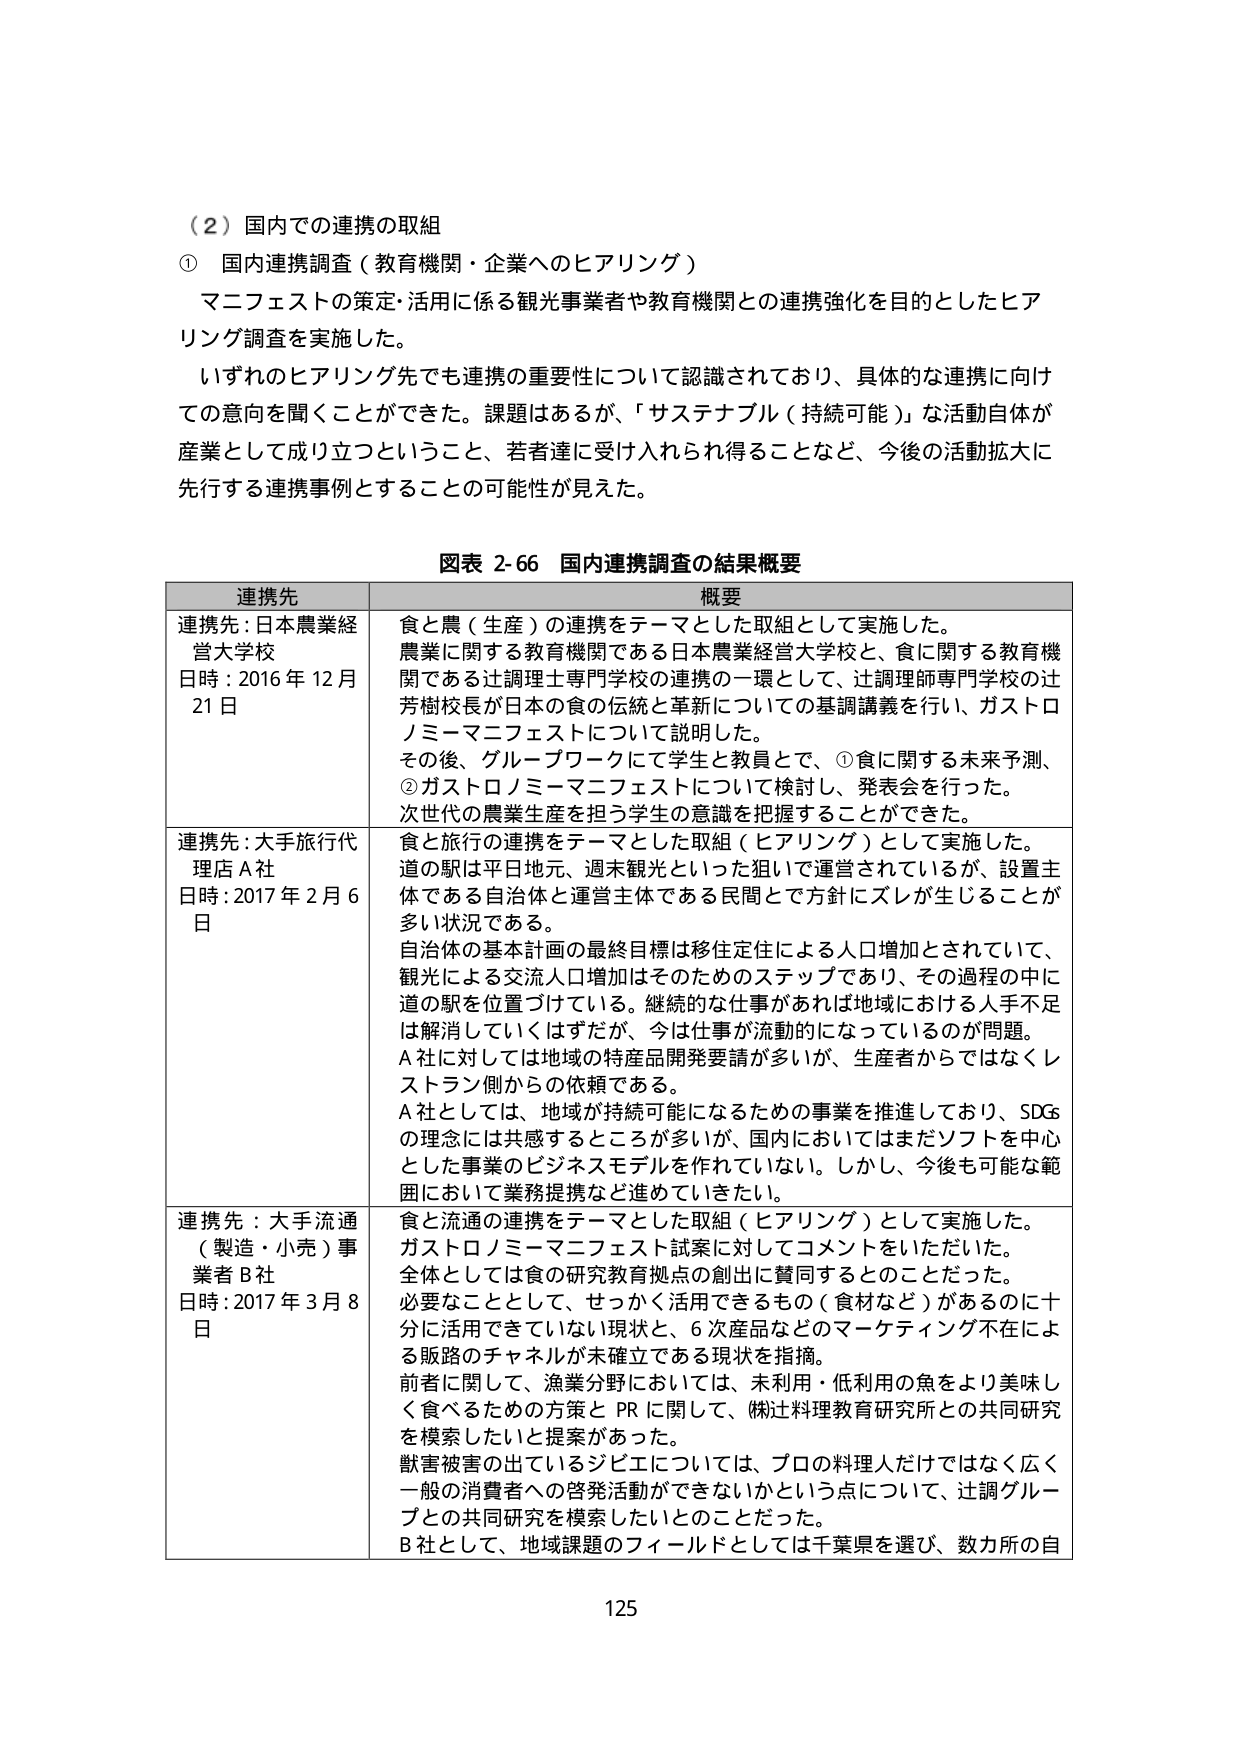
（２）国内での連携の取組

① 国内連携調査（教育機関・企業へのヒアリング）

マニフェストの策定・活用に係る観光事業者や教育機関との連携強化を目的としたヒアリング調査を実施した。

いずれのヒアリング先でも連携の重要性について認識されており、具体的な連携に向けての意向を聞くことができた。課題はあるが、「サステナブル（持続可能）」な活動自体が産業として成り立つということ、若者達に受け入れられ得ることなど、今後の活動拡大に先行する連携事例とすることの可能性が見えた。

図表 2-66 国内連携調査の結果概要

連携先　　　　　　　　　　　　　　　　　　　　　　　　　　　　　　　　　　　概要

連携先：日本農業経営大学校　　　　　　　　　　　　　　　　　　　　　　　　食と農（生産）の連携をテーマとした取組として実施した。
日時：2016年12月21日　　　　　　　　　　　　　　　　　　　　　　　　　　農業に関する教育機関である日本農業経営大学校と、食に関する教育機関である辻調理士専門学校の連携の一環として、辻調理師専門学校の辻芳樹校長が日本の食の伝統と革新についての基調講義を行い、ガストロノミーマニフェストについて説明した。
　　　　　　　　　　　　　　　　　　　　　　　　　　　　　　　　　　　　その後、グループワークにて学生と教員とで、①食に関する未来予測、②ガストロノミーマニフェストについて検討し、発表会を行った。
　　　　　　　　　　　　　　　　　　　　　　　　　　　　　　　　　　　　次世代の農業生産を担う学生の意識を把握することができた。

連携先：大手旅行代理店A社　　　　　　　　　　　　　　　　　　　　　　　　食と旅行の連携をテーマとした取組（ヒアリング）として実施した。
日時：2017年2月6日　　　　　　　　　　　　　　　　　　　　　　　　　　　道の駅は平日地元、週末観光といった狙いで運営されているが、設置主体である自治体と運営主体である民間とで方針にズレが生じることが多い状況である。
　　　　　　　　　　　　　　　　　　　　　　　　　　　　　　　　　　　　自治体の基本計画の最終目標は移住定住による人口増加とされていて、観光による交流人口増加はそのためのステップであり、その過程の中に道の駅を位置づけている。継続的な仕事があれば地域における人手不足は解消していくはずだが、今は仕事が流動的になっているのが問題。
　　　　　　　　　　　　　　　　　　　　　　　　　　　　　　　　　　　　A社に対しては地域の特産品開発要請が多いが、生産者からではなくレストラン側からの依頼である。
　　　　　　　　　　　　　　　　　　　　　　　　　　　　　　　　　　　　A社としては、地域が持続可能になるための事業を推進しており、SDGsの理念には共感するところが多いが、国内においてはまだソフトを中心とした事業のビジネスモデルを作れていない。しかし、今後も可能な範囲において業務提携など進めていきたい。

連携先：大手流通（製造・小売）事業者B社　　　　　　　　　　　　　　　　食と流通の連携をテーマとした取組（ヒアリング）として実施した。
日時：2017年3月8日　　　　　　　　　　　　　　　　　　　　　　　　　　　ガストロノミーマニフェスト試案に対してコメントをいただいた。
　　　　　　　　　　　　　　　　　　　　　　　　　　　　　　　　　　　　全体としては食の研究教育拠点の創出に賛同するとのことだった。
　　　　　　　　　　　　　　　　　　　　　　　　　　　　　　　　　　　　必要なこととして、せっかく活用できるもの（食材など）があるのに十分に活用できていない現状と、6次産品などのマーケティング不在による販路のチャネルが未確立である現状を指摘。
　　　　　　　　　　　　　　　　　　　　　　　　　　　　　　　　　　　　前者に関して、漁業分野においては、未利用・低利用の魚をより美味しく食べられるための方策とPRに関して、㈱辻料理教育研究所との共同研究を模索したいと提案があった。
　　　　　　　　　　　　　　　　　　　　　　　　　　　　　　　　　　　　獣害被害の出ているジビエについては、プロの料理人だけではなく広く一般の消費者への啓発活動ができないかという点について、辻調グループとの共同研究を模索したいとのことだった。
　　　　　　　　　　　　　　　　　　　　　　　　　　　　　　　　　　　　B社として、地域課題のフィールドとしては千葉県を選び、数カ所の自

125